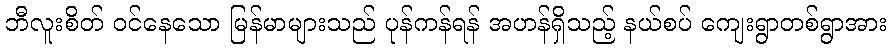
ဘီလူးစိတ် ဝင်နေသော မြန်မာများသည် ပုန်ကန်ရန် အဟန်ရှိသည့် နယ်စပ် ကျေးရွာတစ်ရွာအား